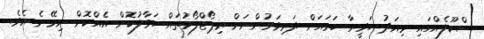
ސްކޫލެއްގައި މިއަދު ހަވީރާ ހަމައަށް ދަރިވަރުންނަށް ރިޕޯޓްފޯމުތައް ހަވާލުކޮށް އެއްކޮށް ނިމޭނެ އެވެ.